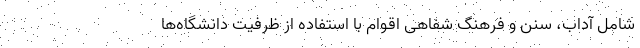
شامل آداب، سنن و فرهنگ شفاهی اقوام با استفاده از ظرفیت دانشگاه‌ها